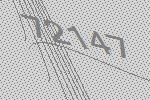
72147